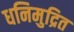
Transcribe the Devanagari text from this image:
धनिमुद्रित